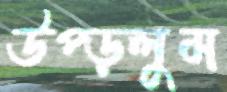
উপ্‌ড়লুম